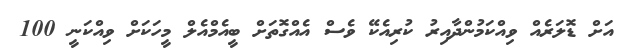
އަށް ޑޮލަރެއް ވިއްކަމުންދާއިރު ކުރިއެކޭ ވެސް އެއްގޮތަށް ބީއެމްއެލް މީހަކަށް ވިއްކަނީ 100